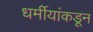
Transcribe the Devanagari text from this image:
धर्मीयांकडून